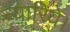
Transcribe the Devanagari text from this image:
न्यारिये।